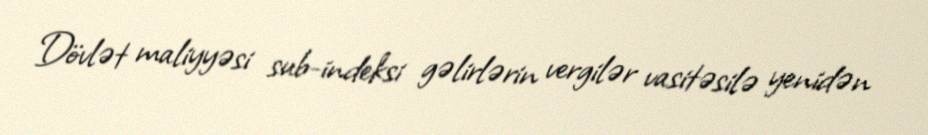
Dövlət maliyyəsi sub-indeksi gəlirlərin vergilər vasitəsilə yenidən